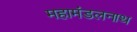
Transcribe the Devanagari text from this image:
महामंडलनाथ